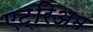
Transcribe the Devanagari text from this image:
एट्रिअम